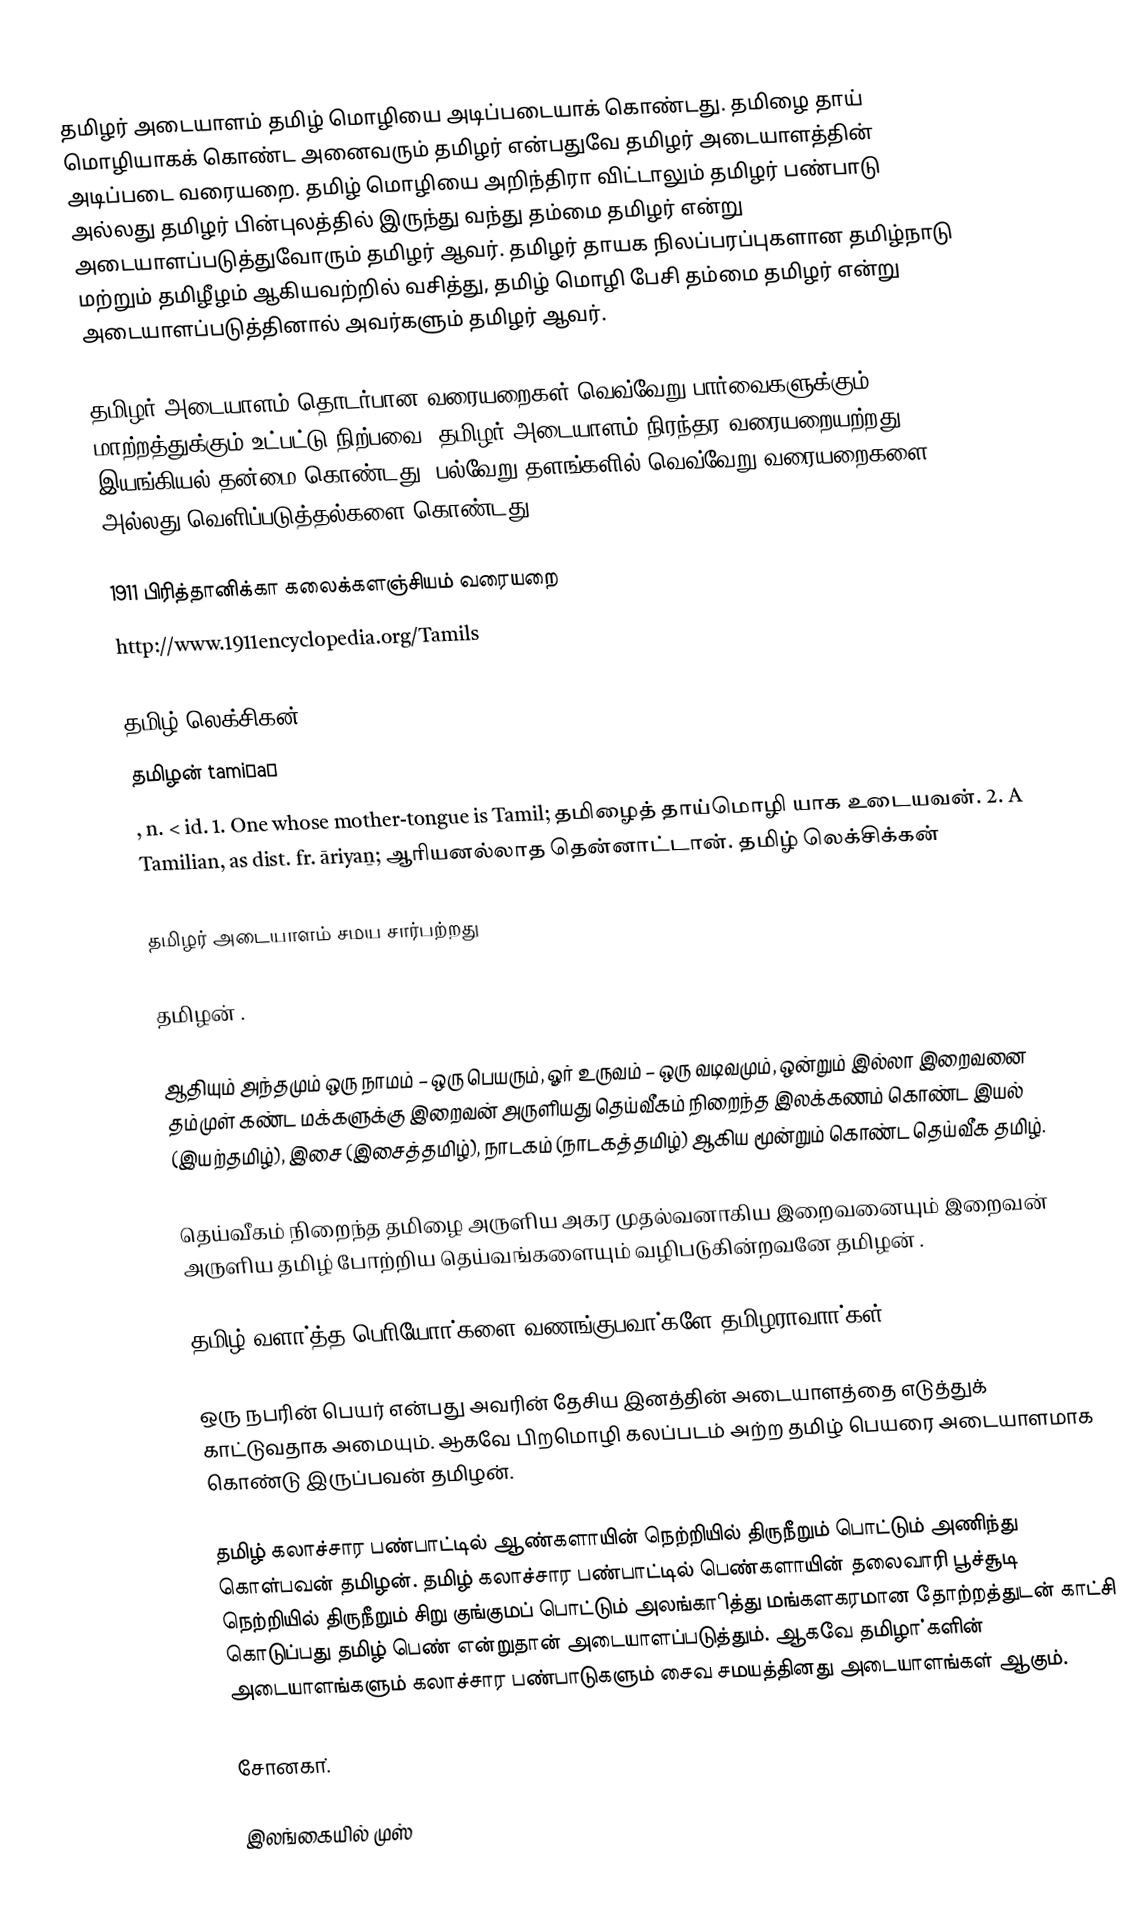
தமிழர் அடையாளம் தமிழ் மொழியை அடிப்படையாக் கொண்டது.  தமிழை தாய் மொழியாகக் கொண்ட அனைவரும் தமிழர் என்பதுவே தமிழர் அடையாளத்தின் அடிப்படை வரையறை.  தமிழ் மொழியை அறிந்திரா விட்டாலும் தமிழர் பண்பாடு அல்லது தமிழர் பின்புலத்தில் இருந்து வந்து தம்மை தமிழர் என்று அடையாளப்படுத்துவோரும் தமிழர் ஆவர்.  தமிழர் தாயக நிலப்பரப்புகளான தமிழ்நாடு மற்றும் தமிழீழம் ஆகியவற்றில் வசித்து, தமிழ் மொழி பேசி தம்மை தமிழர் என்று அடையாளப்படுத்தினால் அவர்களும் தமிழர் ஆவர்.

தமிழர் அடையாளம் தொடர்பான வரையறைகள் வெவ்வேறு பார்வைகளுக்கும் மாற்றத்துக்கும் உட்பட்டு நிற்பவை.  தமிழர் அடையாளம் நிரந்தர வரையறையற்றது, இயங்கியல் தன்மை கொண்டது.  பல்வேறு தளங்களில் வெவ்வேறு வரையறைகளை அல்லது வெளிப்படுத்தல்களை கொண்டது.

1911 பிரித்தானிக்கா கலைக்களஞ்சியம் வரையறை
 http://www.1911encyclopedia.org/Tamils

தமிழ் லெக்சிகன்
தமிழன் tamiḻaṉ
, n. < id. 1. One whose mother-tongue is Tamil; தமிழைத் தாய்மொழி யாக உடையவன். 2. A Tamilian, as dist. fr. āriyaṉ; ஆரியனல்லாத தென்னாட்டான். தமிழ் லெக்சிக்கன்

தமிழர் அடையாளம் சமய சார்பற்றது

தமிழன் .

ஆதியும் அந்தமும்  ஒரு நாமம் – ஒரு பெயரும், ஓர் உருவம் – ஒரு வடிவமும், ஒன்றும் இல்லா இறைவனை தம்முள் கண்ட மக்களுக்கு இறைவன் அருளியது தெய்வீகம்  நிறைந்த இலக்கணம் கொண்ட இயல் (இயற்தமிழ்), இசை (இசைத்தமிழ்), நாடகம் (நாடகத்தமிழ்) ஆகிய மூன்றும் கொண்ட தெய்வீக தமிழ்.

தெய்வீகம் நிறைந்த தமிழை அருளிய அகர முதல்வனாகிய இறைவனையும் இறைவன் அருளிய தமிழ் போற்றிய தெய்வங்களையும் வழிபடுகின்றவனே தமிழன் .

தமிழ் வளா்த்த பொியோா்களை வணங்குபவா்களே தமிழராவாா்கள்.

ஒரு நபரின் பெயர் என்பது அவரின் தேசிய இனத்தின்  அடையாளத்தை எடுத்துக் காட்டுவதாக அமையும். ஆகவே பிறமொழி கலப்படம் அற்ற தமிழ் பெயரை அடையாளமாக கொண்டு இருப்பவன் தமிழன்.

தமிழ் கலாச்சார பண்பாட்டில் ஆண்களாயின் நெற்றியில் திருநீறும் பொட்டும் அணிந்து  கொள்பவன் தமிழன். தமிழ் கலாச்சார பண்பாட்டில் பெண்களாயின் தலைவாரி பூச்சூடி நெற்றியில் திருநீறும் சிறு குங்குமப் பொட்டும் அலங்காித்து மங்களகரமான தோற்றத்துடன் காட்சி கொடுப்பது  தமிழ் பெண் என்றுதான் அடையாளப்படுத்தும்.  ஆகவே தமிழா்களின் அடையாளங்களும் கலாச்சார பண்பாடுகளும் சைவ சமயத்தினது அடையாளங்கள் ஆகும்.

சோனகா்.

இலங்கையில் முஸ்